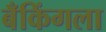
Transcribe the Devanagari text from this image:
बँकिंगला